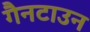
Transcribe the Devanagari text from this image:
गैनटाउन